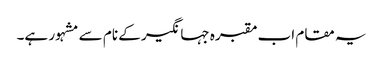
یہ مقام اب مقبرہ جہانگیر کے نام سے مشہور ہے۔